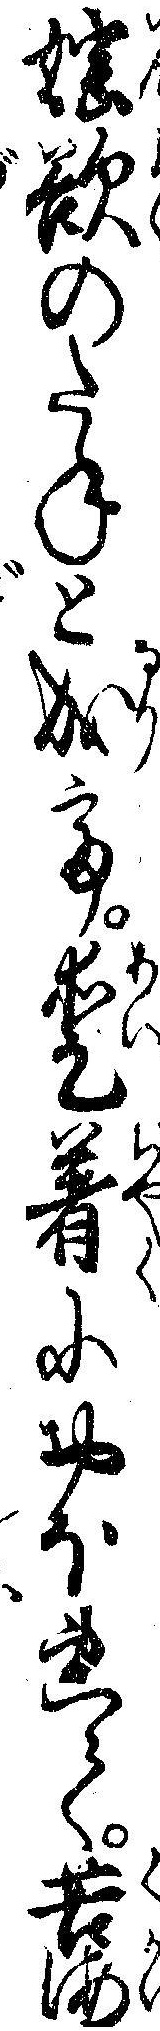
淫欲のたねと成て愛着におぼれて苦海